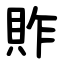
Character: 䝫